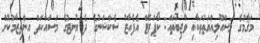
މަޤާމުގެ މަސްއޫލިއްޔަތުތަކާއި ވާޖިބުތައް: ކޯޕަރޭޓް އެފެއާޒު ސެކްޝަނުގެ ދެ ޔުނިޓުގެ މަސައްކަތް އިންތިޒާމުކޮށް